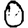
Digit: 0